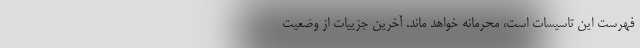
فهرست این تاسیسات است، محرمانه خواهد ماند. آخرین جزییات از وضعیت